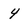
Character: 4